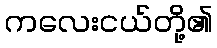
ကလေးငယ်တို့၏